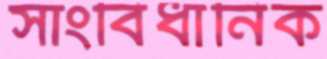
সাংবিধানিক